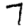
Digit: 7